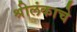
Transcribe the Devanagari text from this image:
श्रीलंकाचे